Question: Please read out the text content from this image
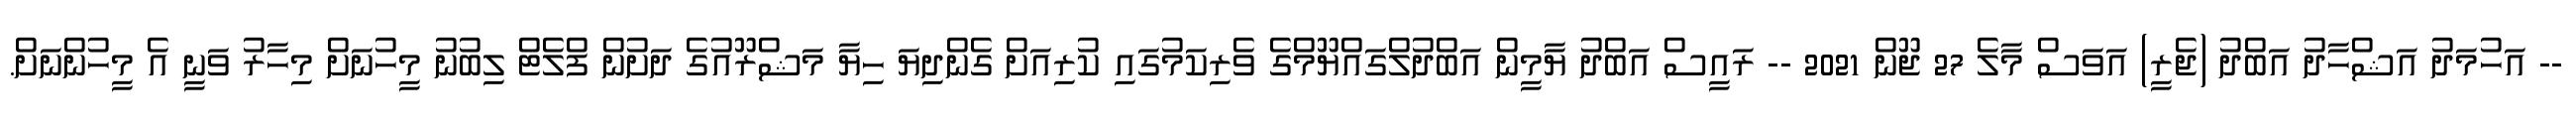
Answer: -- އަހުމަދު އަޝްހާދު އަބްދު (ޖެރީ) އަވަސް މާލެ 27 ޖޫން 2021 -- ރައީސް އަބްދު ޔާމީން އަބްދުލްގައްޔޫމްގެ ވެރިކަމުގައި ކުރިއަށް ގެންދިޔަ ހިޔާ މަޝްރޫއުގެ ދަށުން ފްލެޓް ލިބުނު މީހުނަށް މިހާރު ވަނީ އެ މީހުންނަށް.